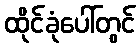
ထိုင်ခုံပေါ်တွင်